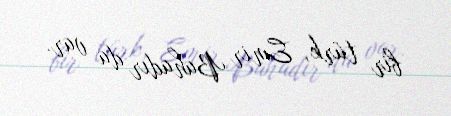
bir türk, Emir Bahadır da var.